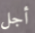
أجل